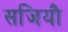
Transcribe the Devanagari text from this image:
सजियौ